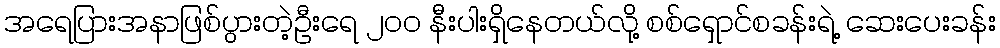
အရေပြားအနာဖြစ်ပွားတဲ့ဦးရေ ၂၀၀ နီးပါးရှိနေတယ်လို့ စစ်ရှောင်စခန်းရဲ့ ဆေးပေးခန်း